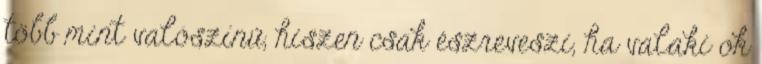
több mint valószínű, hiszen csak észreveszi, ha valaki ok